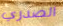
الصدري